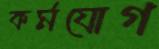
কর্মযোগ